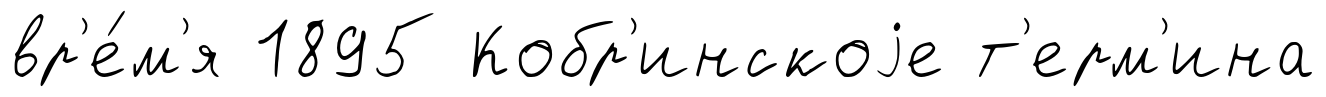
вр'е́м'я 1895 Кобр'инскоjе т'ерм'ина